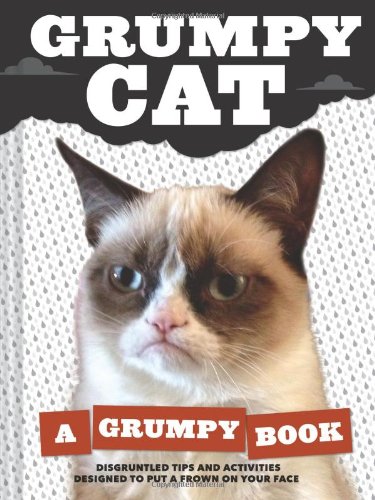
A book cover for Grumpy Cat: A Grumpy Book; Grumpy Cat; Humor & Entertainment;